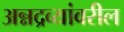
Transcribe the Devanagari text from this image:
अन्नद्रव्यांवरील